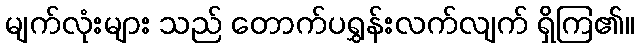
မျက်လုံးများ သည် တောက်ပရွှန်းလက်လျက် ရှိကြ၏။